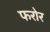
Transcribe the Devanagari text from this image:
फरोर